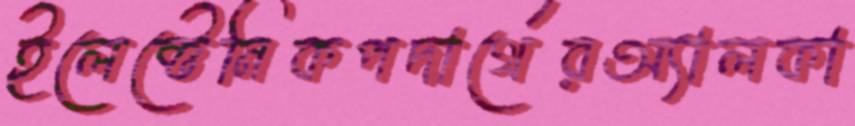
ইলেক্টেনিকপদার্থেরঅ্যালকা